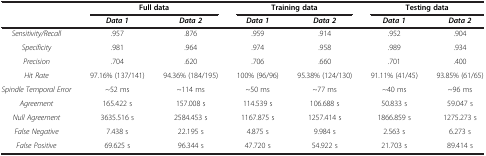
<table><thead><tr><td><b> </b></td><td colspan="2"><b>Full data</b></td><td colspan="2"><b>Training data</b></td><td colspan="2"><b>Testing data</b></td></tr><tr><td><b> </b></td><td><b><i>Data 1</i></b></td><td><b><i>Data 2</i></b></td><td><b><i>Data 1</i></b></td><td><b><i>Data 2</i></b></td><td><b><i>Data 1</i></b></td><td><b><i>Data 2</i></b></td></tr></thead><tbody><tr><td><i>Sensitivity/Recall</i></td><td>.957</td><td>.876</td><td>.959</td><td>.914</td><td>.952</td><td>.904</td></tr><tr><td><i>Specificity</i></td><td>.981</td><td>.964</td><td>.974</td><td>.958</td><td>.989</td><td>.934</td></tr><tr><td><i>Precision</i></td><td>.704</td><td>.620</td><td>.706</td><td>.660</td><td>.701</td><td>.400</td></tr><tr><td><i>Hit Rate</i></td><td>97.16% (137/141)</td><td>94.36% (184/195)</td><td>100% (96/96)</td><td>95.38% (124/130)</td><td>91.11% (41/45)</td><td>93.85% (61/65)</td></tr><tr><td><i>Spindle Temporal Error</i></td><td>~52 ms</td><td>~114 ms</td><td>~50 ms</td><td>~77 ms</td><td>~40 ms</td><td>~96 ms</td></tr><tr><td><i>Agreement</i></td><td>165.422 s</td><td>157.008 s</td><td>114.539 s</td><td>106.688 s</td><td>50.833 s</td><td>59.047 s</td></tr><tr><td><i>Null Agreement</i></td><td>3635.516 s</td><td>2584.453 s</td><td>1167.875 s</td><td>1257.414 s</td><td>1866.859 s</td><td>1275.273 s</td></tr><tr><td><i>False Negative</i></td><td>7.438 s</td><td>22.195 s</td><td>4.875 s</td><td>9.984 s</td><td>2.563 s</td><td>6.273 s</td></tr><tr><td><i>False Positive</i></td><td>69.625 s</td><td>96.344 s</td><td>47.720 s</td><td>54.922 s</td><td>21.703 s</td><td>89.414 s</td></tr></tbody></table>